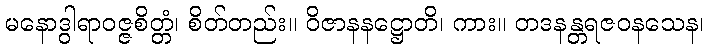
မနောဒွါရာဝဇ္ဇစိတ္တံ၊ စိတ်တည်း။ ဝိဇာနနဋ္ဌောတိ၊ ကား။ တဒနန္တရဇဝနသေန၊